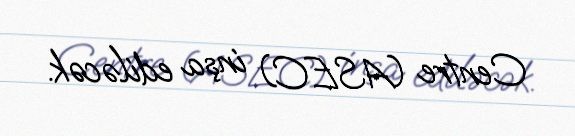
Centre (ASEC) inşa ediləcək.